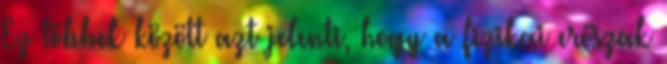
Ez többek között azt jelenti, hogy a fizikai erőszak